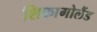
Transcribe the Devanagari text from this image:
शिकागोलैंड